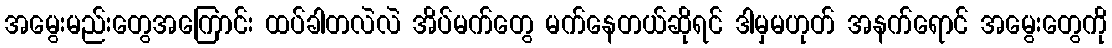
အမွေးမည်းတွေအကြောင်း ထပ်ခါတလဲလဲ အိပ်မက်တွေ မက်နေတယ်ဆိုရင် ဒါမှမဟုတ် အနက်ရောင် အမွေးတွေကို